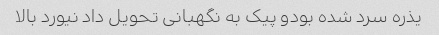
یذره سرد شده بودو پیک به نگهبانی تحویل داد نیورد بالا